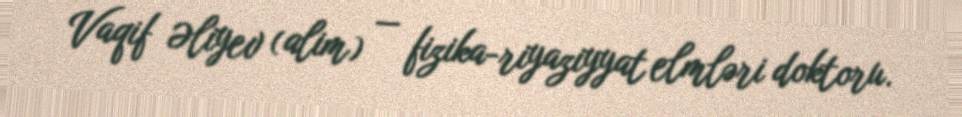
Vaqif Əliyev (alim) — fizika-riyaziyyat elmləri doktoru.